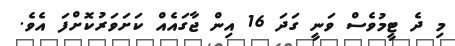
މި ދެ ޓީމުވެސް ވަނީ ގަދަ 16 އިން ޖާގައެއް ކަށަވަރުކޮށްފަ އެވެ.